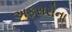
અફસરોના